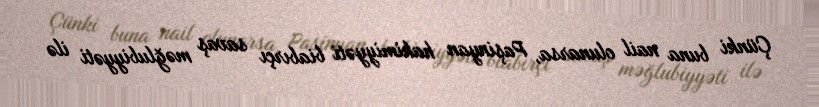
Çünki buna nail olunarsa, Paşinyan hakimiyyəti biabırçı savaş məğlubiyyəti ilə